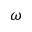
\omega